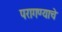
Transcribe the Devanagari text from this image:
परागण्याचे